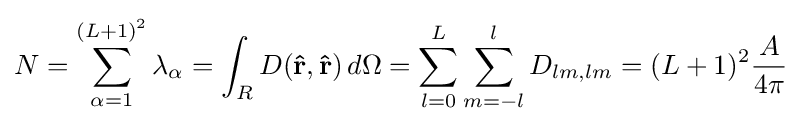
N=\sum _{\alpha =1}^{(L+1)^{2}}\lambda _{\alpha }=\int _{R}D(\mathbf {\hat {r}} ,\mathbf {\hat {r}} )\,d\Omega =\sum _{l=0}^{L}\sum _{m=-l}^{l}D_{lm,lm}=(L+1)^{2}{\frac {A}{4\pi }}